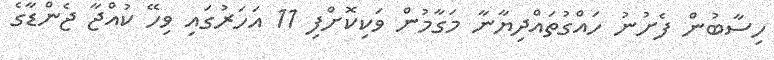
ހިސާބުން ފެށުނު ހައްގުތައްދިޔާނާ މަގާމުން ވަކިކޮށްފި 11 އަހަރުގައި ވިހޭ ކުއްޖާ ޖެންޑާގެ